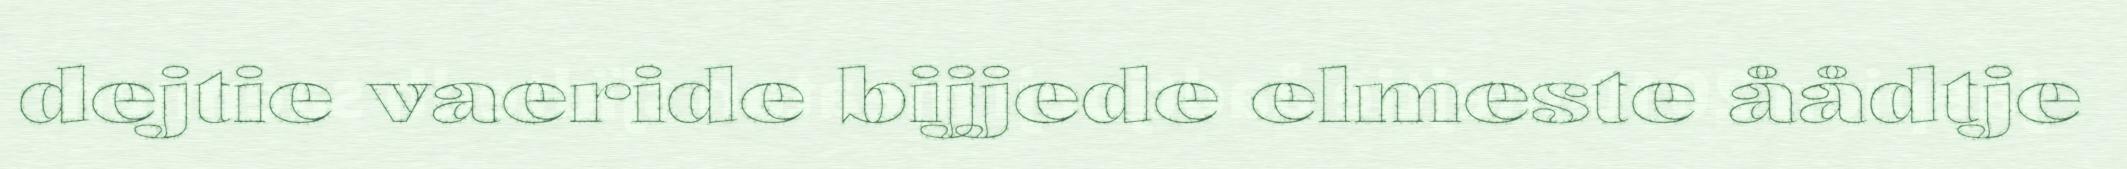
dejtie vaeride bijjede elmeste åådtje